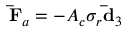
\mathbf { \bar { F } } _ { a } = - A _ { c } \sigma _ { r } \mathbf { \bar { d } } _ { 3 }